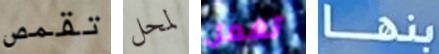
تقمص لمحل تفعل بنها